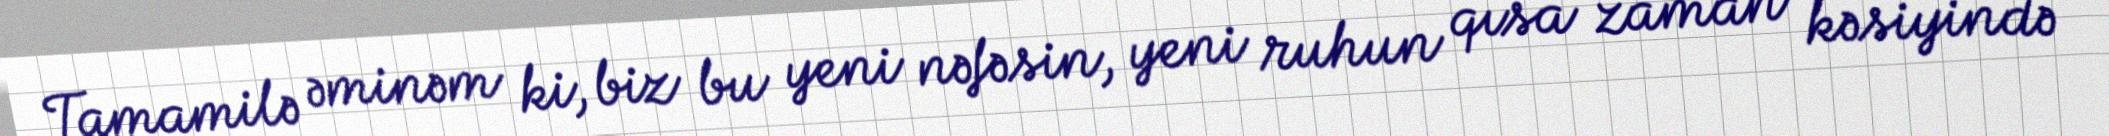
Tamamilə əminəm ki, biz bu yeni nəfəsin, yeni ruhun qısa zaman kəsiyində